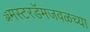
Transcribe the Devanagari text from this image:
ॲमस्टरडॅमजवळच्या